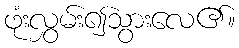
ဖုံးလွှမ်း၍သွားလေ၏။